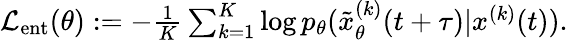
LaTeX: \begin{array}{r}{\textstyle\mathcal{L}_{\mathrm{ent}}(\theta):=-\frac{1}{K}\sum_{k=1}^{K}\log p_{\theta}(\tilde{x}_{\theta}^{(k)}(t+\tau)|x^{(k)}(t)).}\end{array}